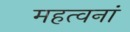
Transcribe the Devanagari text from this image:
महत्वनां